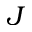
J